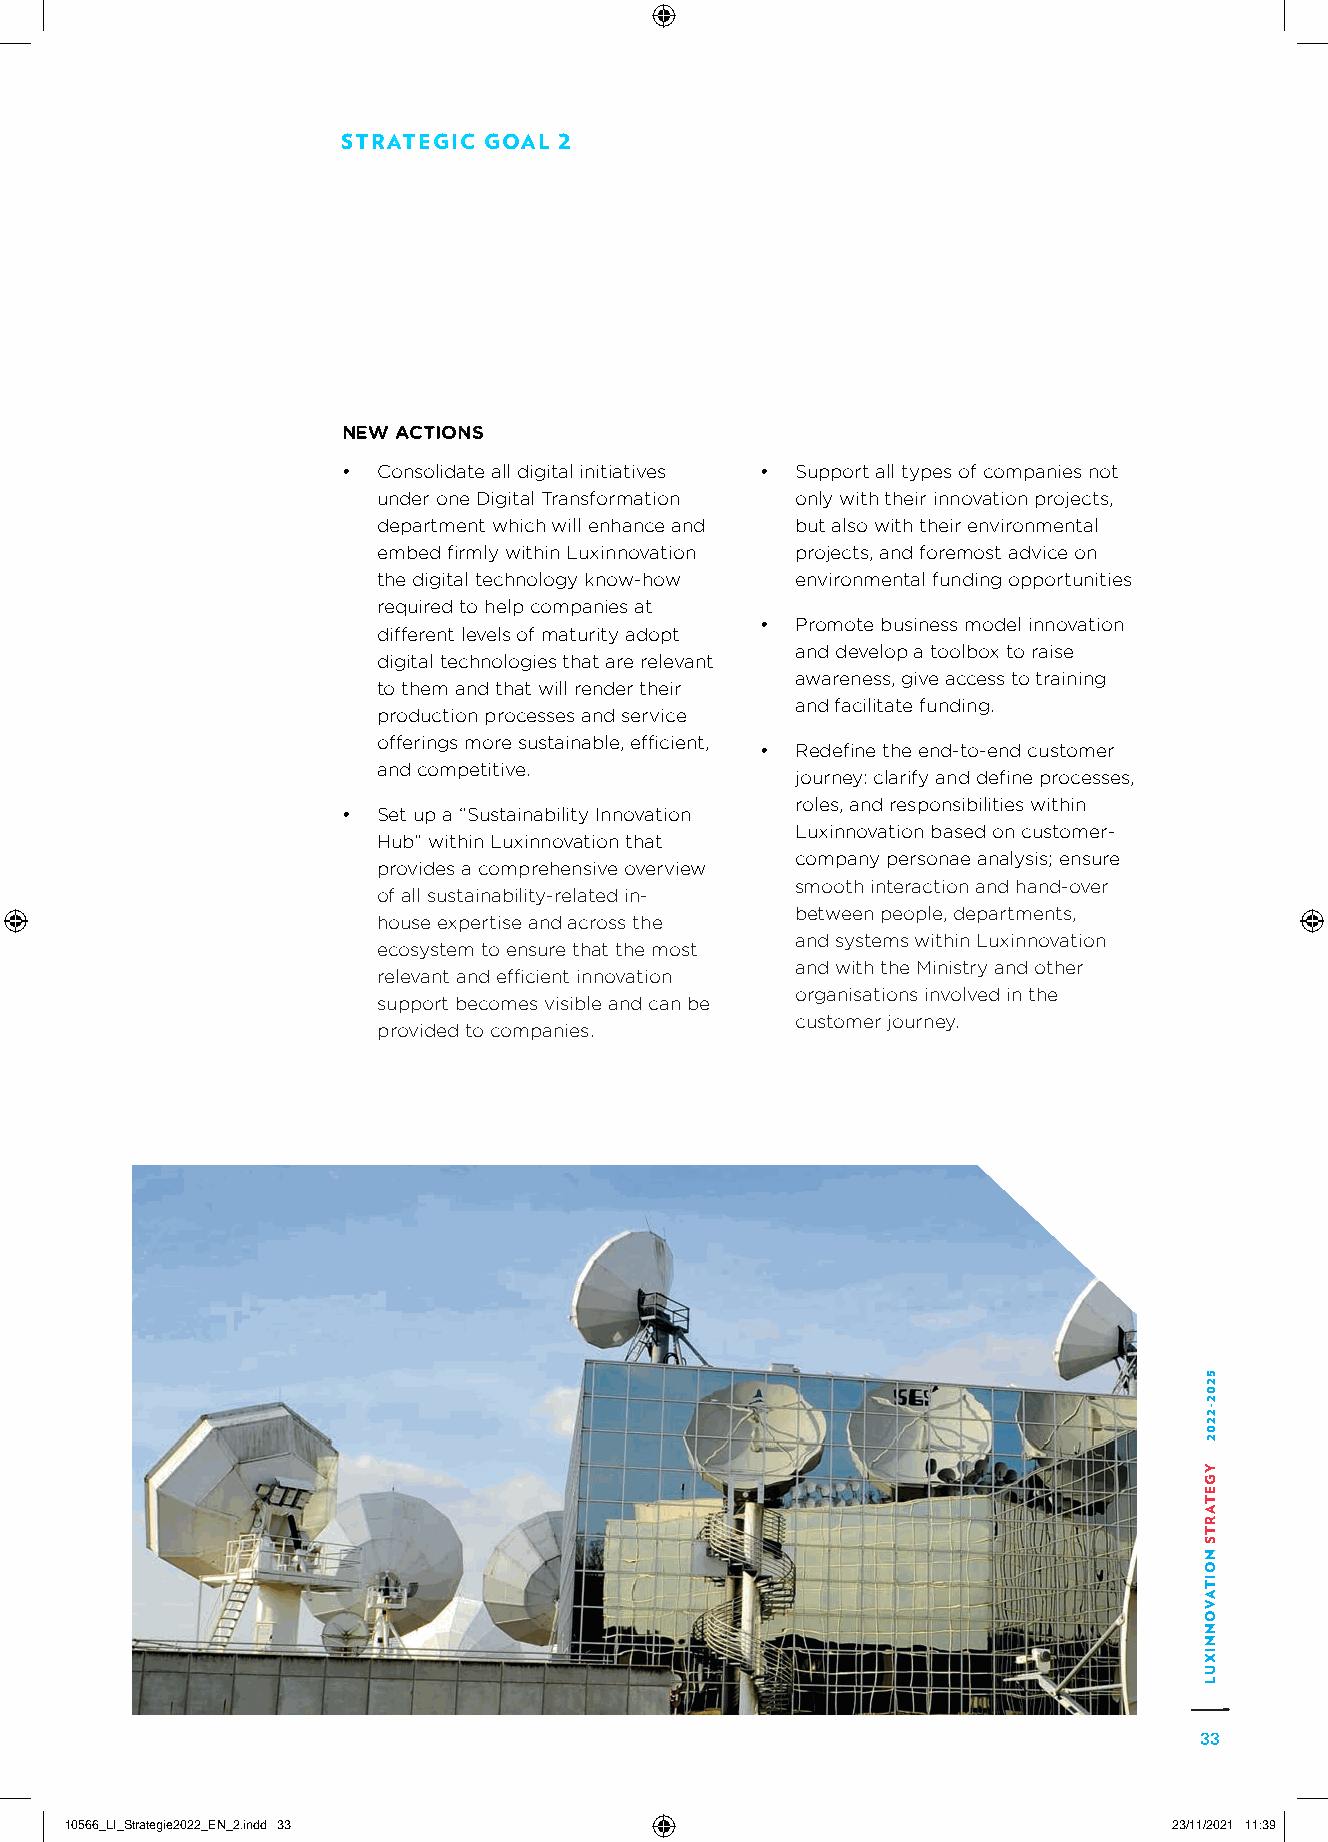
STRATEGIC GOAL 2
 NEW ACTIONS
 • Consolidate all digital initiatives • Support all types of companies not
 under one Digital Transformation only with their innovation projects,
 department which will enhance and but also with their environmental
 embed firmly within Luxinnovation projects, and foremost advice on
 the digital technology know-how environmental funding opportunities
 required to help companies at
 •  Promote business model innovation
 different levels of maturity adopt
 and develop a toolbox to raise
 digital technologies that are relevant
 awareness, give access to training
 to them and that will render their
 and facilitate funding.
 production processes and service
 offerings more sustainable, efficient,
 •  Redefine the end-to-end customer
 and competitive.
 journey: clarify and define processes,
 roles, and responsibilities within
 • Set up a “Sustainability Innovation
 Luxinnovation based on customer-
 Hub” within Luxinnovation that
 company personae analysis; ensure
 provides a comprehensive overview
 smooth interaction and hand-over
 of all sustainability-related in-
 between people, departments,
 house expertise and across the
 and systems within Luxinnovation
 ecosystem to ensure that the most
 and with the Ministry and other
 relevant and efficient innovation
 organisations involved in the
 support becomes visible and can be
 customer journey.
 provided to companies.
 33
 1100556666__LLII__SSttrraatteeggiiee22002222__EENN__22..iinndddd 3333     2233//1111//22002211 1111::3399
 5202-2202
 YGETARTS
 NOITAVONNIXUL